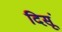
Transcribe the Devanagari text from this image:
दिसूं